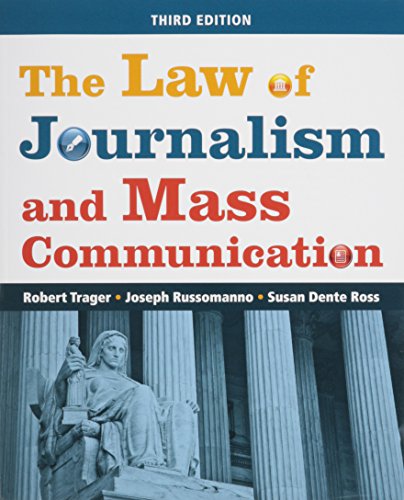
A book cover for The Law of Journalism and Mass Communication; Robert Trager; Law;